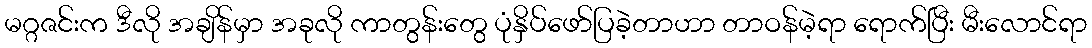
မဂ္ဂဇင်းက ဒီလို အချိန်မှာ အခုလို ကာတွန်းတွေ ပုံနှိပ်ဖော်ပြခဲ့တာဟာ တာဝန်မဲ့ရာ ရောက်ပြီး မီးလောင်ရာ